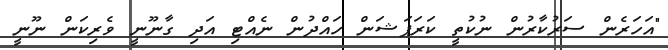
"އަހަރެން ސަރުކާރުން ނުކުތީ ކަރަޕަޝަން ހައްދުން ނެއްޓި އަދި ގާނޫނީ ވެރިކަން ނޫނީ